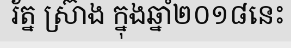
រ័ត្ន ស្រ៊ាង ក្នុងឆ្នាំ២០១៨នេះ